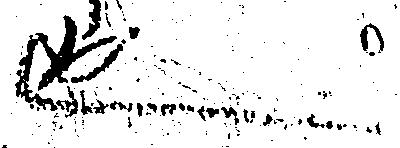
也